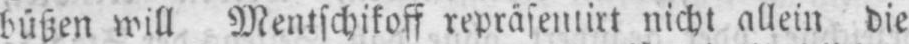
büßen will Mentschikoff repräsentirt nicht allein die